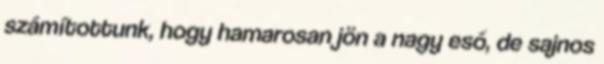
számítottunk, hogy hamarosan jön a nagy eső, de sajnos